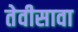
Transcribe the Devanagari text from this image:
तेवीसावा